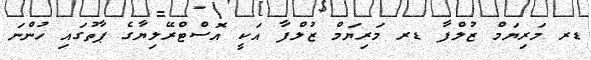
ޑރ މަރިޔަމް ޒުލްފާ ޑރ މަރިޔަމް ޒުލްފާ އަކީ އޮސްޓްރޭލިޔާގެ ޕާތުގައި ހުންނަ